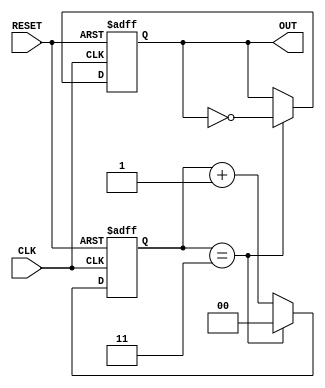
module frequency_divider_counter #(
    parameter N = 4 // Division factor, configurable parameter
)(
    input wire CLK,         // Input clock signal
    input wire RESET,       // Asynchronous reset signal
    output reg OUT          // Output pulse signal
);

    reg [$clog2(N)-1:0] count; // Counter to keep track of clock cycles

    always @(posedge CLK or posedge RESET) begin
        if (RESET) begin
            count <= 0; // Reset the counter
            OUT <= 0;   // Reset the output
        end else begin
            if (count == N-1) begin
                count <= 0; // Reset counter when it reaches N
                OUT <= ~OUT; // Toggle output
            end else begin
                count <= count + 1; // Increment counter
            end
        end
    end

endmodule